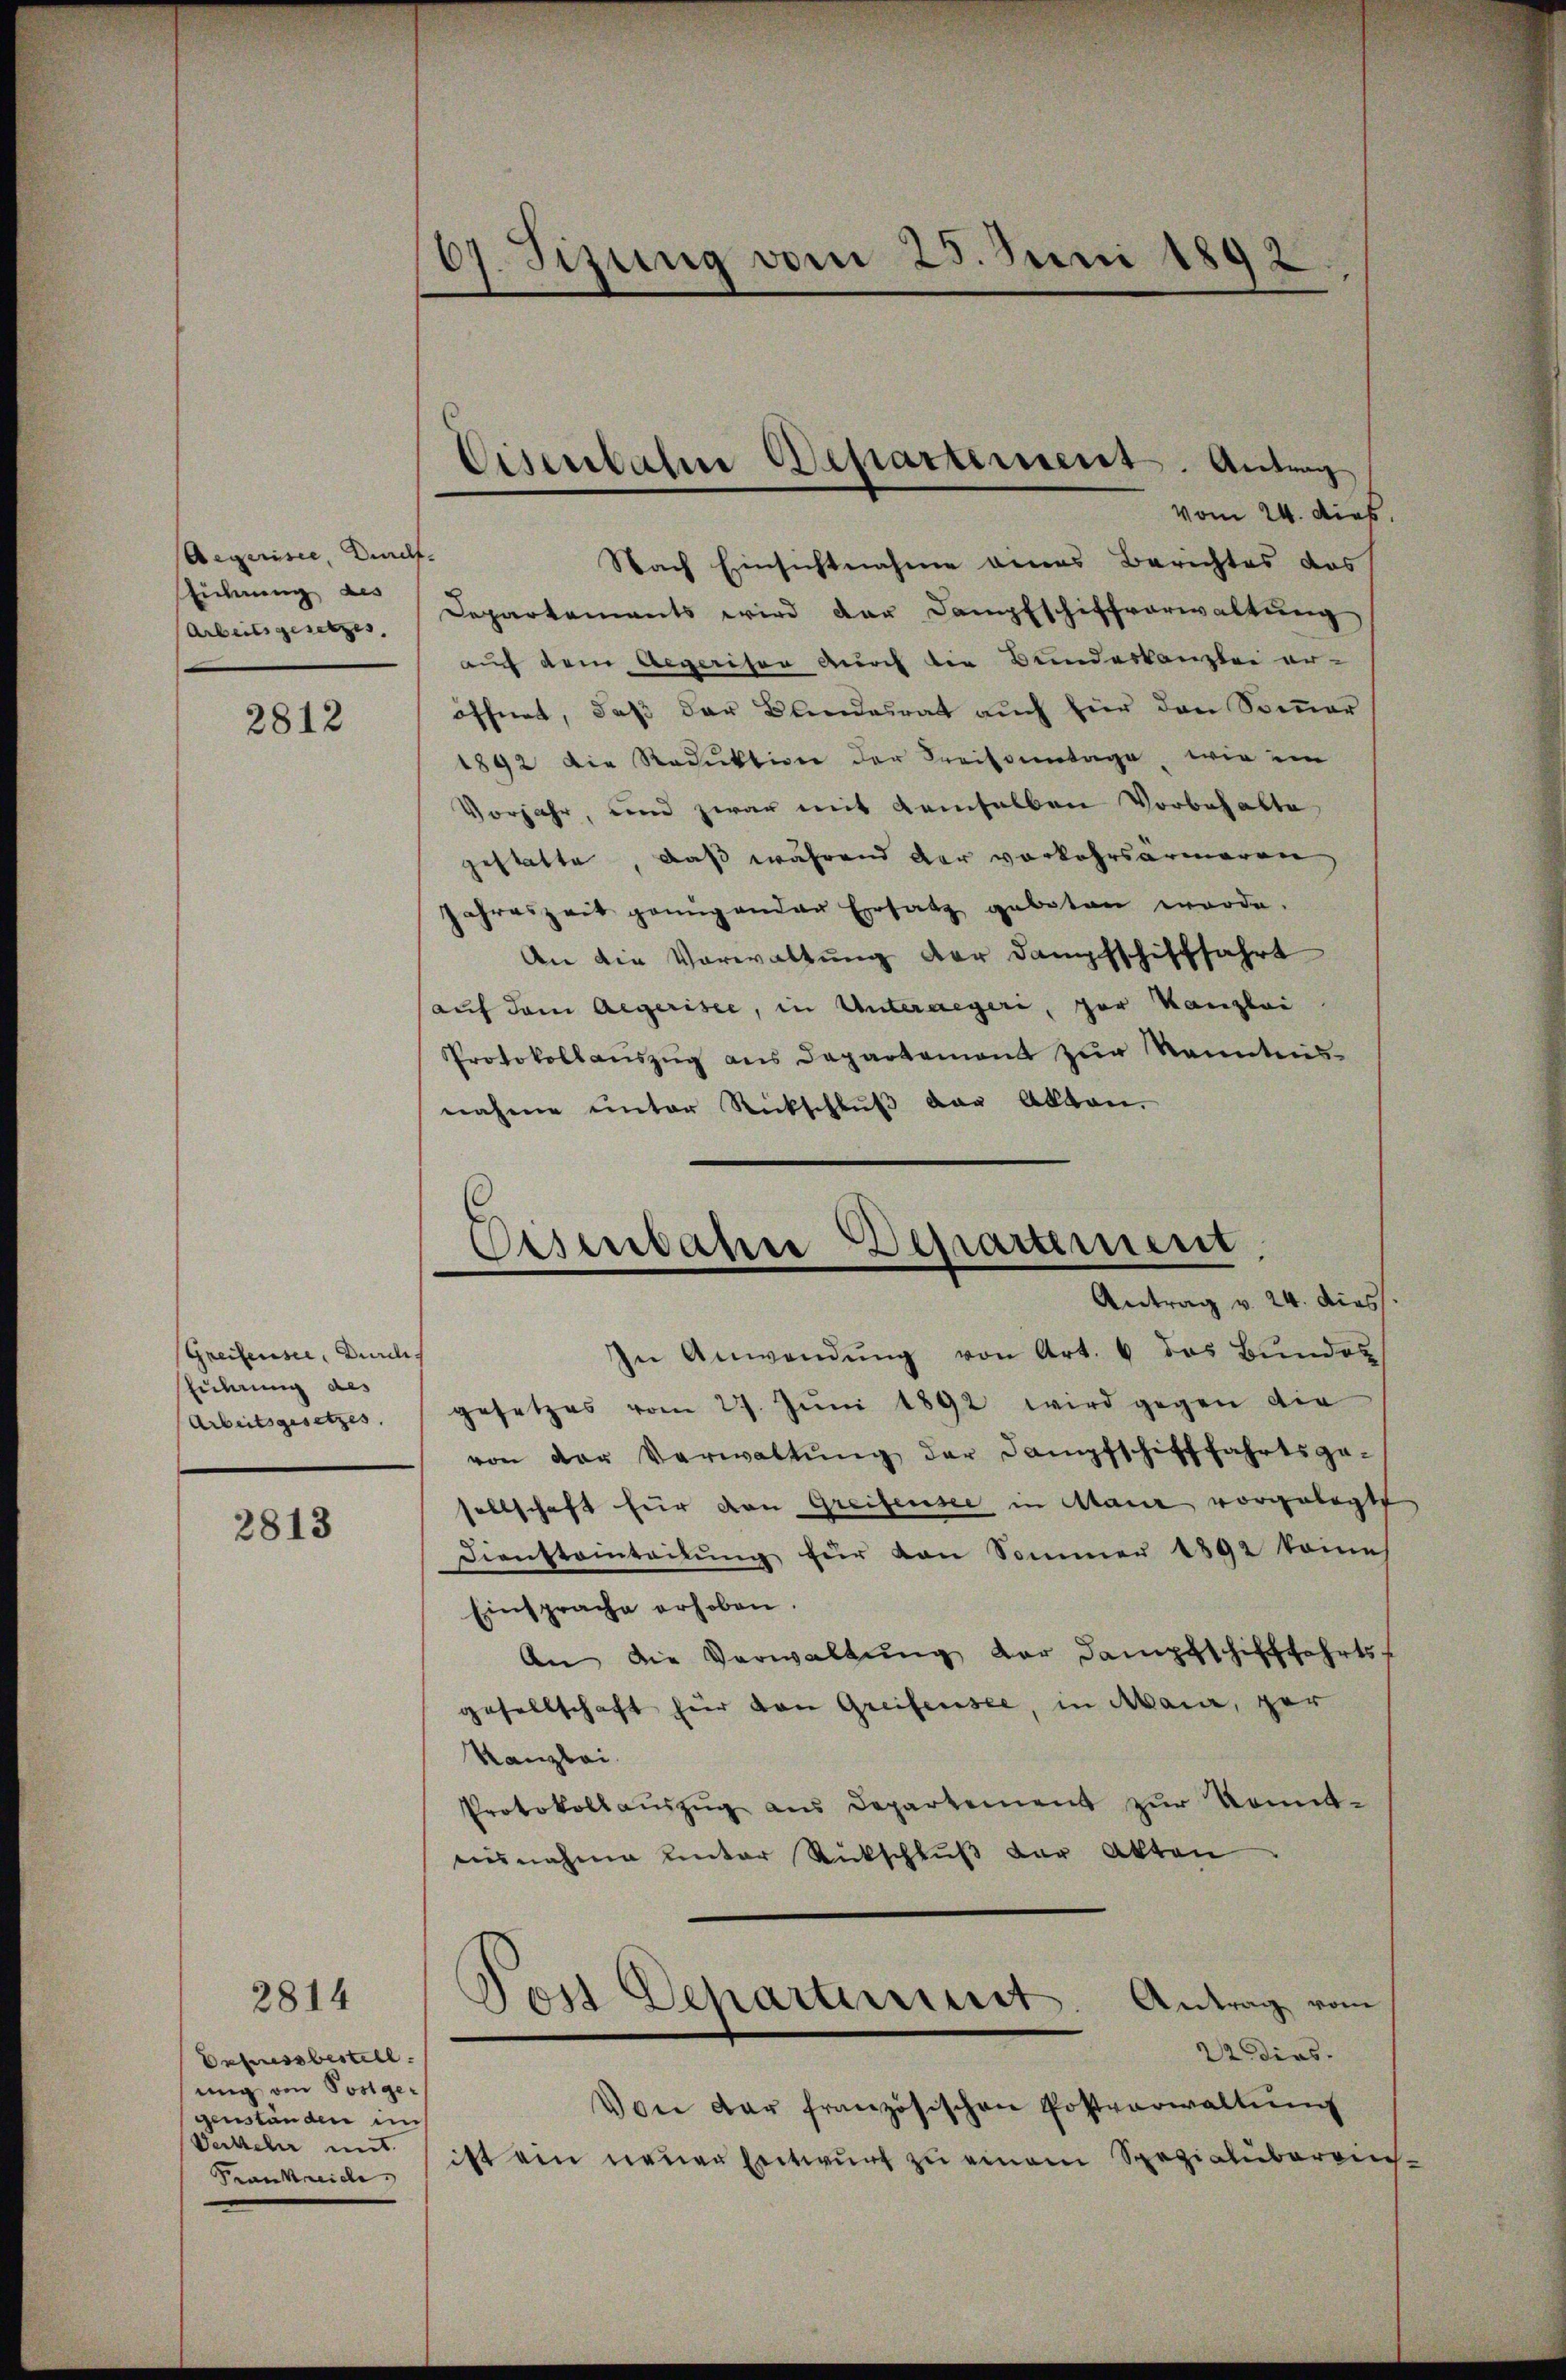
Aegerisie, Durchf
Eidnung des
Arbeits gesetzes, |

2812

Greifensee, Durchführung des
Arbeitsgesetzes,

2813

2814

Eefussbestell
ung von Postger
genständen ins
Verkehr mit
Frankreiche

67. Sizung vom 25. Juni 1892.

vom 24. dies
Nach Einsichtnahme eines Berichtes das
Departements wird der Dampfschiffverwaltung
auf dem Aegerison durch der Bundeskanzlei er-
öffnet, daß der Bundesrat auch für den Sommer
1892 die Reduktion der Kreissentage, wie ein
Vorjahr, und zwar mit demselben Vorbehalte
gestatte, daß während der vorkehrsärmeren
Jahreszeit genügender Ersatz geboten werde.
An die Vorwaltung der Dampfschifffahrt
auf dem Aegerisce, in Unteraegeri, por Kanzlei
Protokollaŭszŭg ans Departement zŭr Kenntnis-
nahme unter Rückschluß der Alten.

Antrag v. 24. dies
In Anwendŭng von Art. 4 das Bundes
gesetzes vom 27. Jŭni 1892 wird gegen die
von der Verwaltŭng der Dampfschifffahrtsge-
sellschaft für von Greifensee in Maur vorgelegte
Diensteinteilŭng für von Sommer 1892 kome
Einsprache erhoben.
An die Verwaltŭng der Dampfschifffahrts-
gesellschaft hier von Greifensee, in Maia, ger
Kanzlei
Protokollaŭszŭg aŭs Departement zŭr Komit-
ausnahme unter Rückschlŭβ der Akten.
Edias.
Von der französischen Postverwaltŭng
ist ein neuer Entwurf zu einem Spezialuberein.

Eisenbahne Departement. Antrag

Eisenbahne Departement

Post Departiniert. Antrag vom